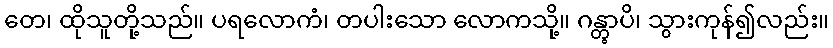
တေ၊ ထိုသူတို့သည်။ ပရလောကံ၊ တပါးသော လောကသို့။ ဂန္တွာပိ၊ သွားကုန်၍လည်း။